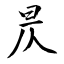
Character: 昃